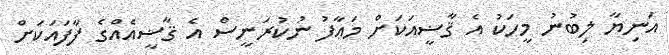
އަނިޔާ ލިބުނު މީހަކު އެ ޤާޟީއަކަށް މަޢާފު ނުކުރަނީސް އެ ޤާޟީއެއްގެ ފާފައަކަށް